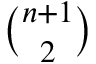
\textstyle { \binom { n + 1 } { 2 } }